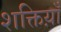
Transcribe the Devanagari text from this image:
शक्तिय़ाँ